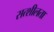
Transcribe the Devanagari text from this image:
सत्शीलता